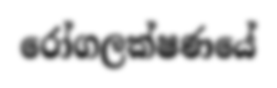
රෝගලක්ෂණයේ